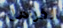
الفرامل